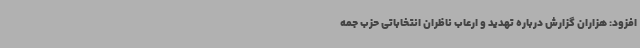
افزود: هزاران گزارش درباره تهدید و ارعاب ناظران انتخاباتی حزب جمه